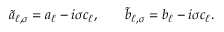
\begin{array} { r l r } { \tilde { a } _ { \ell , \sigma } = a _ { \ell } - i \sigma c _ { \ell } , } & { { } } & { \tilde { b } _ { \ell , \sigma } = b _ { \ell } - i \sigma c _ { \ell } . } \end{array}